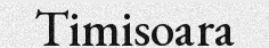
Timisoara